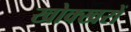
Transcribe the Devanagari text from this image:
खोक्खरों